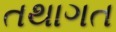
તથાગત